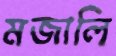
মজালি